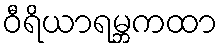
ဝီရိယာရမ္ဘကထာ